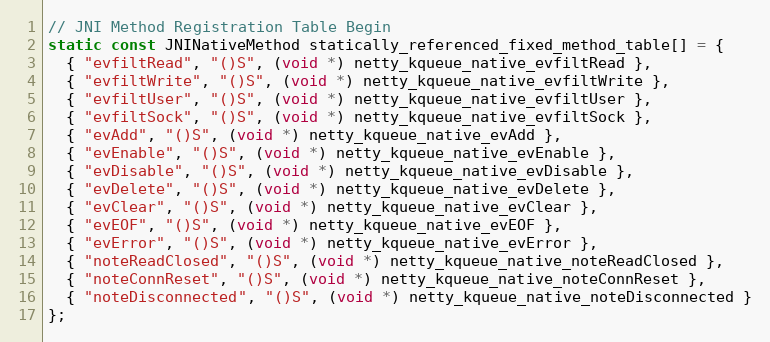
Language: C
// JNI Method Registration Table Begin
static const JNINativeMethod statically_referenced_fixed_method_table[] = {
  { "evfiltRead", "()S", (void *) netty_kqueue_native_evfiltRead },
  { "evfiltWrite", "()S", (void *) netty_kqueue_native_evfiltWrite },
  { "evfiltUser", "()S", (void *) netty_kqueue_native_evfiltUser },
  { "evfiltSock", "()S", (void *) netty_kqueue_native_evfiltSock },
  { "evAdd", "()S", (void *) netty_kqueue_native_evAdd },
  { "evEnable", "()S", (void *) netty_kqueue_native_evEnable },
  { "evDisable", "()S", (void *) netty_kqueue_native_evDisable },
  { "evDelete", "()S", (void *) netty_kqueue_native_evDelete },
  { "evClear", "()S", (void *) netty_kqueue_native_evClear },
  { "evEOF", "()S", (void *) netty_kqueue_native_evEOF },
  { "evError", "()S", (void *) netty_kqueue_native_evError },
  { "noteReadClosed", "()S", (void *) netty_kqueue_native_noteReadClosed },
  { "noteConnReset", "()S", (void *) netty_kqueue_native_noteConnReset },
  { "noteDisconnected", "()S", (void *) netty_kqueue_native_noteDisconnected }
};